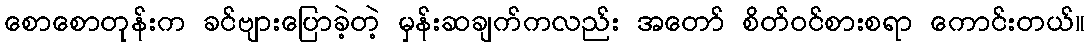
စောစောတုန်းက ခင်ဗျားပြောခဲ့တဲ့ မှန်းဆချက်ကလည်း အတော် စိတ်ဝင်စားစရာ ကောင်းတယ်။